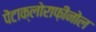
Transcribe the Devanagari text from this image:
पेंटाक्लोराफ़ीनोल